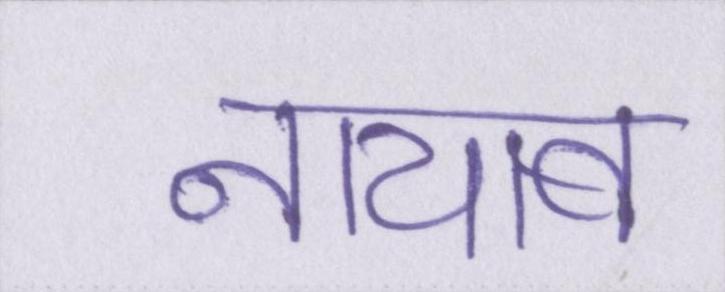
नायाब